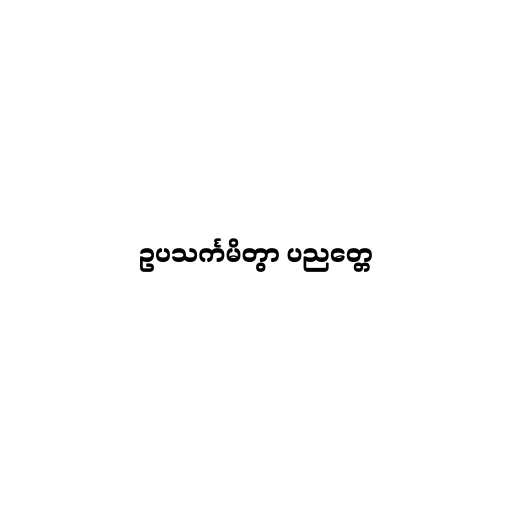
ဥပသင်္ကမိတွာ ပညတ္တေ